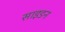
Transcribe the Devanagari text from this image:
साइडन